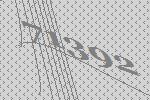
71392